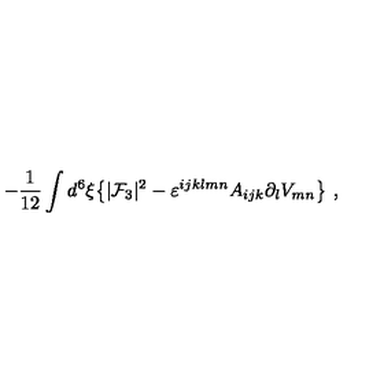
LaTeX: - { \frac { 1 } { 1 2 } } \int d ^ { 6 } \xi \big \{ | { \cal F } _ { 3 } | ^ { 2 } - \varepsilon ^ { i j k l m n } A _ { i j k } \partial _ { l } V _ { m n } \big \} \ ,